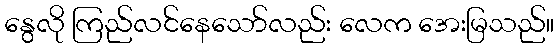
နွေလို ကြည်လင်နေသော်လည်း လေက အေးမြသည်။